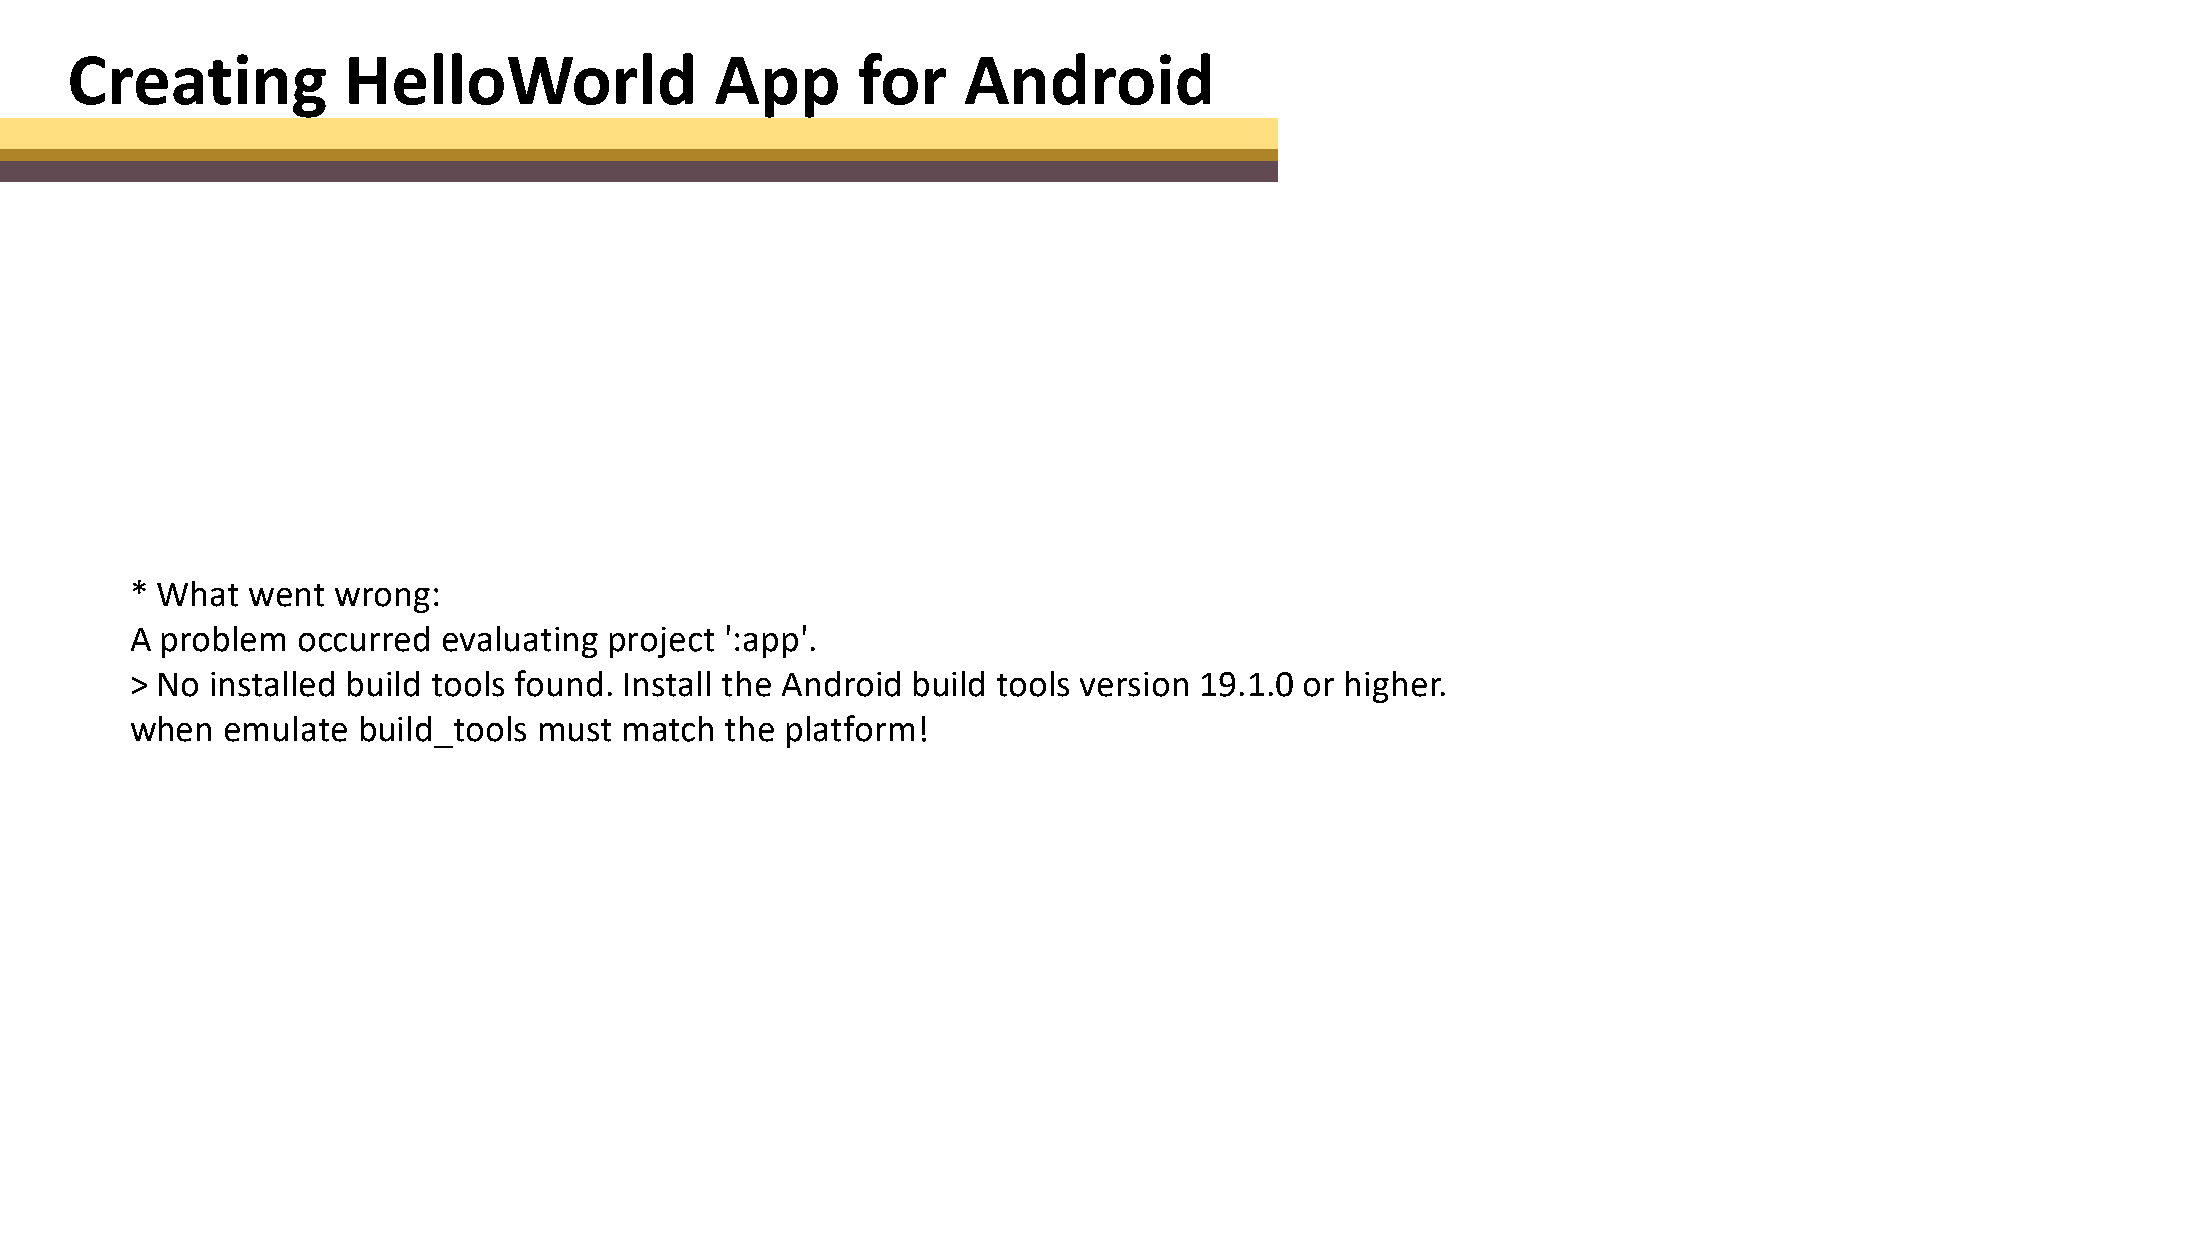
Creating           HelloWorld              App       for    Android
 * What went  wrong:
 A problem  occurred evaluating project ':app'.
 > No installed build tools found. Install the Android build tools version 19.1.0 or higher.
 when  emulate  build_tools must match  the platform!